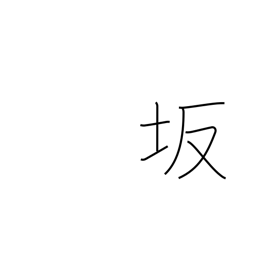
Meaning: slope